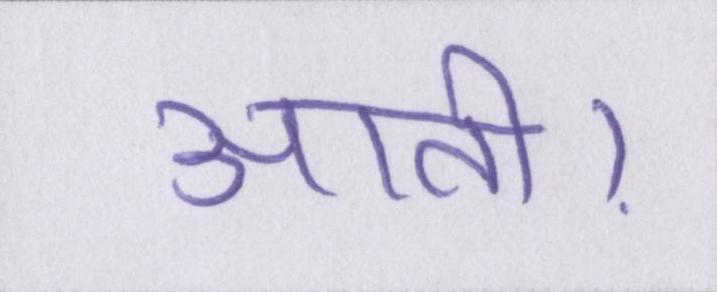
आती।